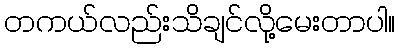
တကယ်လည်းသိချင်လို့မေးတာပါ။